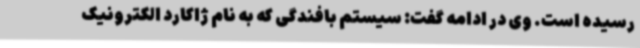
رسیده است. وی در ادامه گفت: سیستم بافندگی که به نام ژاکارد الکترونیک